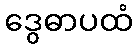
ဒွေဓာပထံ